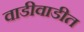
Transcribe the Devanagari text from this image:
वाडीवाडीत